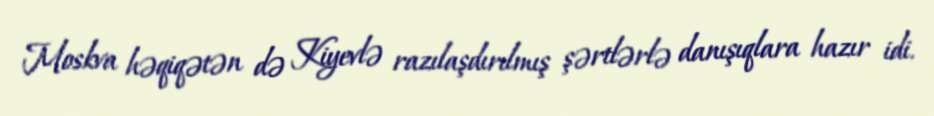
Moskva həqiqətən də Kiyevlə razılaşdırılmış şərtlərlə danışıqlara hazır idi.